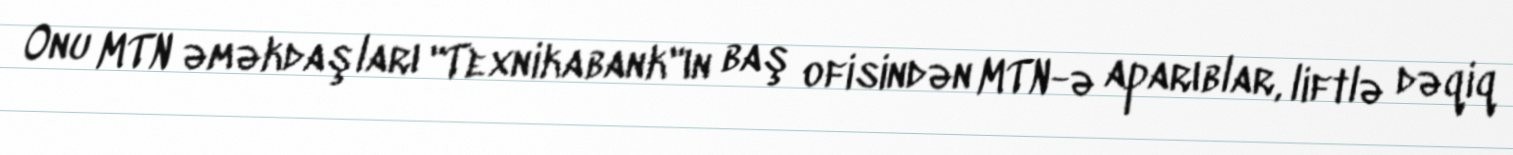
Onu MTN əməkdaşları "Texnikabank"ın baş ofisindən MTN-ə aparıblar, liftlə dəqiq